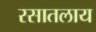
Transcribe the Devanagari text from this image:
रसातलाय